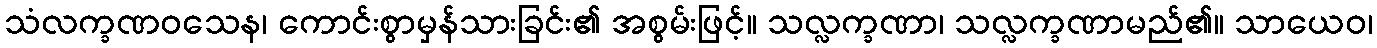
သံလက္ခဏဝသေန၊ ကောင်းစွာမှန်သားခြင်း၏ အစွမ်းဖြင့်။ သလ္လက္ခဏာ၊ သလ္လက္ခဏာမည်၏။ သာယေဝ၊